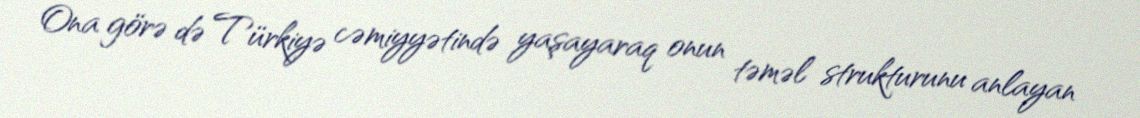
Ona görə də Türkiyə cəmiyyətində yaşayaraq onun təməl strukturunu anlayan